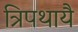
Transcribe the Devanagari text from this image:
त्रिपथायै